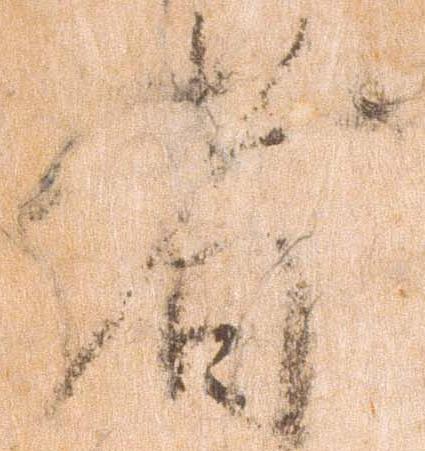
者